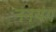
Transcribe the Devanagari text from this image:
ननयंग